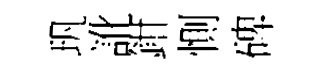
㺬訛鉗惻碑